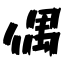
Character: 偶